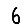
Digit: 6